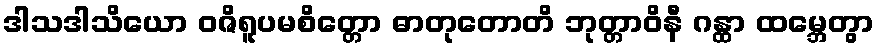
ဒါသဒါသိယော ဝဇိရူပမစိတ္တော ဓာတုတောတိ ဘုတ္တာဝိနီ ဂန္ထာ ထမ္ဘေတွာ